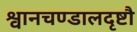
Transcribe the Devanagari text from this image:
श्वानचण्डालदृष्टौ